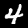
Label: 4